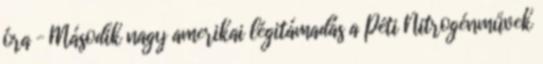
óra – Második nagy amerikai légitámadás a Péti Nitrogénművek